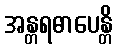
အန္တရဓာပေန္တိ